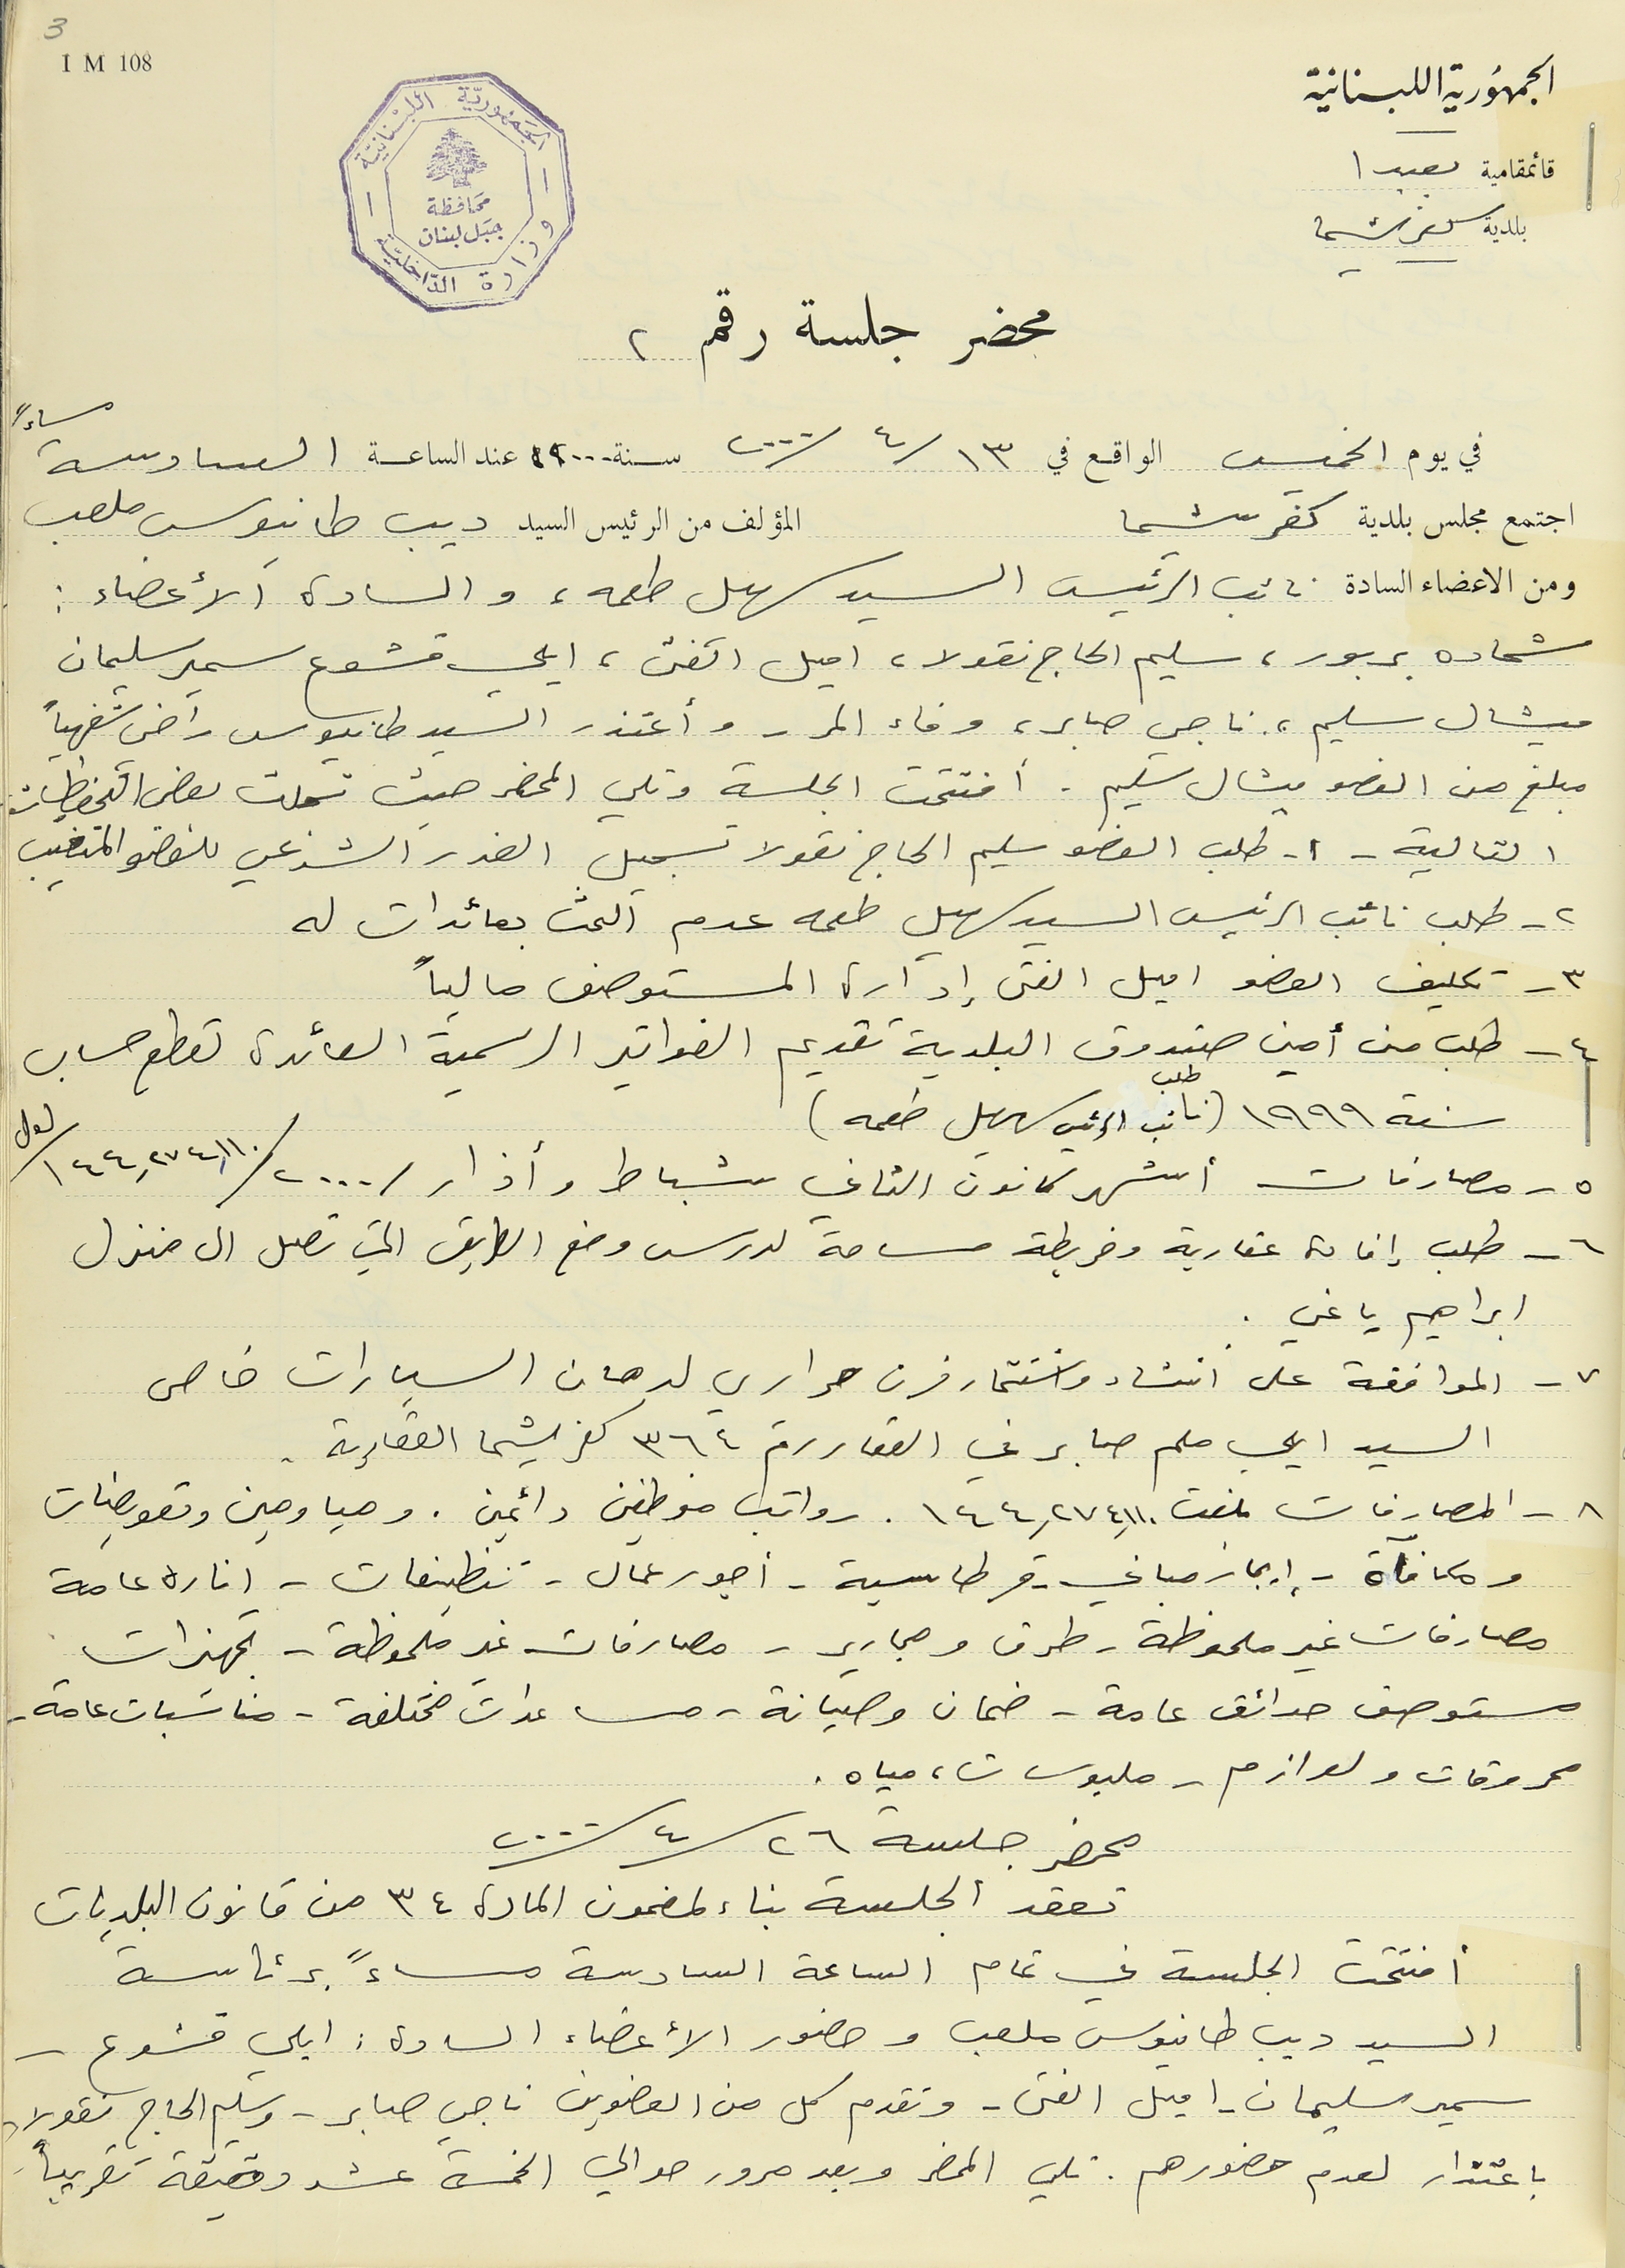
محضر جلسة رقم 2
في يوم الخميس الواقع في ١٣/ ٤/ ٢٠٠٠ سنة ٢٠٠٠ عند الساعة السادسة مساءً
اجتمع مجلس بلدية كفرشيما المؤلف من الرئيس السيد ديب طانيوس ملعب
ومن الاعضاء السادة نائب الرئيس السيد سهيل طعمه، والسادة الأعضاء :
شحاده بربور، سليم الحاج نقولا، اميل الفتى، ايلي قشوع سمير سليمان
ميشال سليم، ناجي صابر، وفاء المر - وأعتذر السيد طانيوس راضي شفهياً
مبلغ من العضو ميشال سليم. افتتحت الجلسة وتلي المحضر حيث تسجلت بعض التحفظات
التالية - ١- طلب العضو سليم الحاج نقولا تسجيل العذر الشرعي للعضو المتغيب
٢- طلب نائب الرئيس السيد سهيل طعمه عدم البحث بعائدات له
٣ - تكليف العضو اميل الفتى إدارة المستوصف حالياً
٤ - طلب من أمين صندوق البلدية تقديم الفواتير الرسمية العائدة لقطع حساب
 سنة ١٩٩٩ (طلب نائب الرئيس سهيل طعمه)
٥- مصارفات أشهر كانون الثاني شباط وأذار /٢٠٠٠/ ١٤٤,٢٧٤,١١٠/ ل ل
٦- طلب إفادة عقارية وخريطة مساحة لدرس وضع الطريق التي تصل الى منزل
ابراهيم ياغي.
٧ - الموافقة على انشاء واستثمار فرن حراري لدهان السيارات خاص
السيد ايلي ملحم صابر في العقار رقم ٣٦٤ كفرشيما العقارية.
٨ - المصارفات بلغت ١٤٤,٢٧٤,١١٠ رواتب موظفين دائمين . ومياومين وتعويضات
ومكافآة - ايجار مباني -قرطاسية - أجور عمال - تنظيفات - اناره عامة
مصارفات غير ملحوظة - طرق ومجارير - مصارفات غير ملحوظة - تجهيزات
مستوصف حدائق عامة - ضمان وصيانة - مساعدات مختلفة - مناسبات عامة -
محروقات ولوازم - ملبوسات، مياه.
محضر جلسة ٢٦/ ٤/ ٢٠٠٠
 افتتحت الجلسة في تمام الساعة السادسة مساءً برئاسة
 السيد ديب طانيوس ملعب وحضور الأعضاء السادة: ايلي قشوع -
سمير سليمان - اميل الفتى - وتقدم كل من العضوين ناجي صابر – وسليم الحاج نقولا-
3IM 108
الجمهورية اللبنانية
قائمقامية بعبدا
بلدية كفرشيما
تعقد الجلسة بناء لمضمون المادة ٣٤ من قانون البلديات
باعتذار لعدم حضورهم. تلي المحضر وبعد مرور حوالي الخمسة عشر دقيقة تقريباً